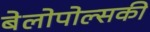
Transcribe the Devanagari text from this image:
बेलोपोल्सकी